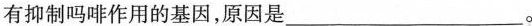
有抑制吗啡作用的基因，原因是___。